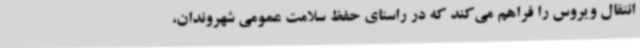
انتقال ویروس را فراهم می‌کند که در راستای حفظ سلامت عمومی شهروندان،